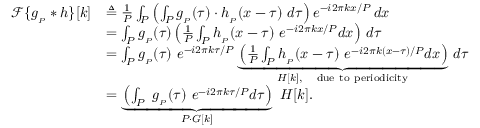
{ \begin{array} { r l } { { \mathcal { F } } \{ g _ { _ { P } } * h \} [ k ] } & { \triangleq { \frac { 1 } { P } } \int _ { P } \left( \int _ { P } g _ { _ { P } } ( \tau ) \cdot h _ { _ { P } } ( x - \tau ) \ d \tau \right) e ^ { - i 2 \pi k x / P } \, d x } \\ & { = \int _ { P } g _ { _ { P } } ( \tau ) \left( { \frac { 1 } { P } } \int _ { P } h _ { _ { P } } ( x - \tau ) \ e ^ { - i 2 \pi k x / P } d x \right) \, d \tau } \\ & { = \int _ { P } g _ { _ { P } } ( \tau ) \ e ^ { - i 2 \pi k \tau / P } \underbrace { \left( { \frac { 1 } { P } } \int _ { P } h _ { _ { P } } ( x - \tau ) \ e ^ { - i 2 \pi k ( x - \tau ) / P } d x \right) } _ { H [ k ] , \quad { \mathrm { d u e ~ t o ~ p e r i o d i c i t y } } } \, d \tau } \\ & { = \underbrace { \left( \int _ { P } \ g _ { _ { P } } ( \tau ) \ e ^ { - i 2 \pi k \tau / P } d \tau \right) } _ { P \cdot G [ k ] } \ H [ k ] . } \end{array} }